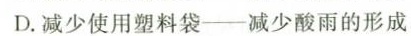
D.减少使用塑料袋-减少酸雨的形成